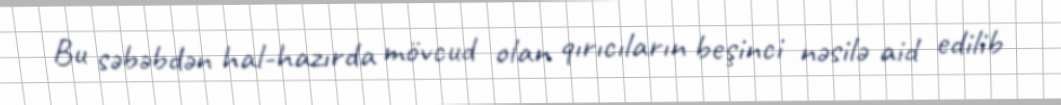
Bu səbəbdən hal-hazırda mövcud olan qırıcıların beşinci nəsilə aid edilib